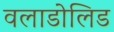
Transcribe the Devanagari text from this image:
वलाडोलिड